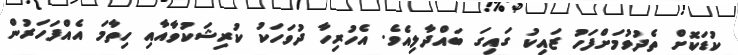
ކުޑަކޮށް ތެދުވުމަށްފަހު ޒައިކު ގައިގަ ބައްދާލިއެވެ. އެހުރިހާ ދުވަހަކު ކުރިޝަކުވާއާއި ހިތާމަ އެއްފަހަރުން